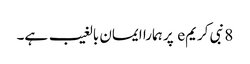
8 نبی کریمe پر ہمارا ایمان بالغیب ہے۔